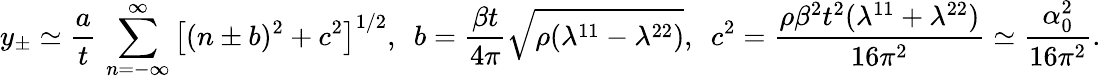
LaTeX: y_{\pm}\simeq\frac{a}{t}\, \sum_{n=-\infty}^{\infty}\left[(n\pm b)^{2}+c^{2}\right]^{1/2},\ \ b=\frac{\beta t}{4\pi}\sqrt{\rho(\lambda^{11}-\lambda^{22})},\ \ c^{2}=\frac{\rho\beta^{2}t^{2}(\lambda^{11}+\lambda^{22})}{16\pi^{2}}\simeq\frac{\alpha_{0}^{2}}{16\pi^{2}}.